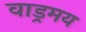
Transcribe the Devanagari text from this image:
वाड्रमय